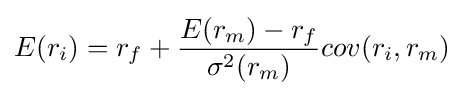
E(r_{i})=r_{f}+{\frac {E(r_{m})-r_{f}}{\sigma ^{2}(r_{m})}}cov(r_{i},r_{m})